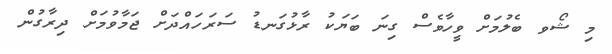
މި ޝޯވ ބެލުމަށް ވީހާވެސް ގިނަ ބަޔަކު ރާޅުގަނޑު ސަރަހައްދަށް ޖަމާވުމަށް ދިރާގުން